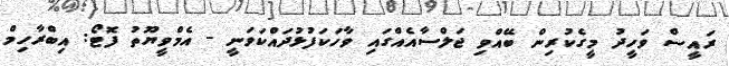
ރައީސް ވަހީދު މީގެކުރިން ބޭއްވި ޖަލްސާއެއްގައި ވާހަކަފުޅުދައްކަވަނީ - އެމްވީޔޫތު ފޮޓޯ: އިބްރާހިމް